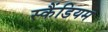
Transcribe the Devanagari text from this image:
स्कैंडियम